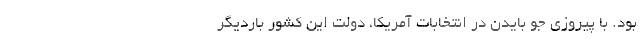
بود. با پیروزی جو بایدن در انتخابات آمریکا، دولت این کشور باردیگر